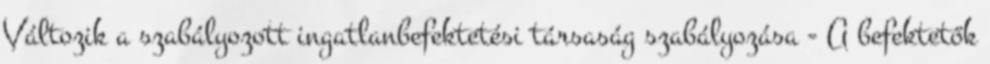
Változik a szabályozott ingatlanbefektetési társaság szabályozása - A befektetők